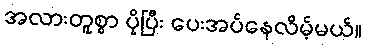
အလားတူစွာ ပိုပြီး ပေးအပ်နေလိမ့်မယ်။